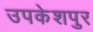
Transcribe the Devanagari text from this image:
उपकेशपुर